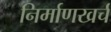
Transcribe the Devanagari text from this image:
निर्माणखर्च